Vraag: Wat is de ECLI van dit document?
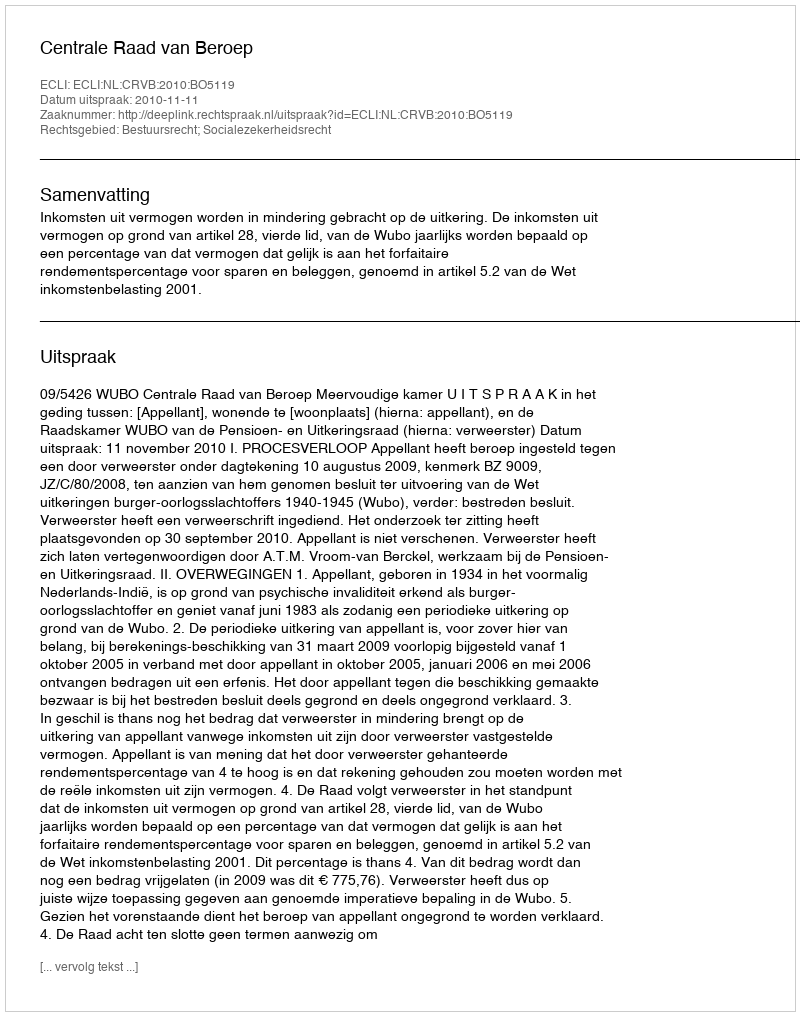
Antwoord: ECLI:NL:CRVB:2010:BO5119